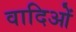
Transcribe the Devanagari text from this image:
वादिओं